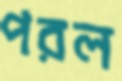
পরল